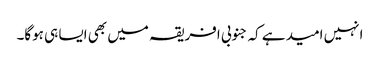
انہیں امید ہے کہ جنوبی افریقہ میں بھی ایسا ہی ہوگا۔